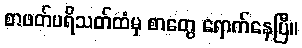
စာဖတ်ပရိသတ်ထံမှ စာတွေ ရောက်နေပြီ။